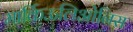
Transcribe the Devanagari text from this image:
मार्किऊलिओनिस